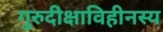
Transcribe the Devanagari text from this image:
गुरुदीक्षाविहीनस्य